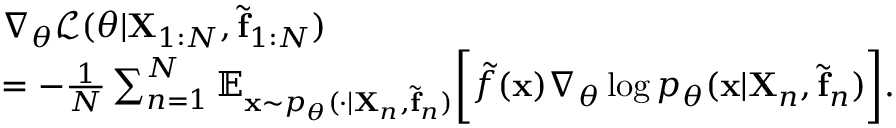
\begin{array} { r l } & { \nabla _ { \boldsymbol { \theta } } \mathcal { L } ( \boldsymbol { \theta } | \mathbf { X } _ { 1 : N } , \tilde { \mathbf { f } } _ { 1 : N } ) } \\ & { = - \frac { 1 } { N } \sum _ { n = 1 } ^ { N } \mathbb { E } _ { \mathbf { x } \sim p _ { \boldsymbol { \theta } } ( \cdot | \mathbf { X } _ { n } , \tilde { \mathbf { f } } _ { n } ) } \bigg [ \tilde { f } ( \mathbf { x } ) \nabla _ { \boldsymbol { \theta } } \log p _ { \boldsymbol { \theta } } ( \mathbf { x } | \mathbf { X } _ { n } , \tilde { \mathbf { f } } _ { n } ) \bigg ] . } \end{array}